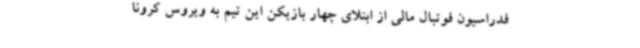
فدراسیون فوتبال مالی از ابتلای چهار بازیکن این تیم به ویروس کرونا